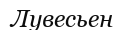
Лувесьен